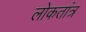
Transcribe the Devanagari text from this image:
लोकतांत्र